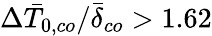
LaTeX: \Delta\bar{T}_{0,co}/\bar{\delta}_{co}>1.62